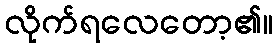
လိုက်ရလေတော့၏။